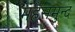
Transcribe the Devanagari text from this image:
महसमुन्द